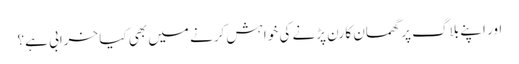
اور اپنے بلاگ پر گھمسان کا رن پڑنے کی خواہش کرنے میں بھی کیا خرابی ہے؟